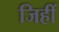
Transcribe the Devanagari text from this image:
जिहीं